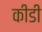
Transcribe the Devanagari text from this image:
कीडी